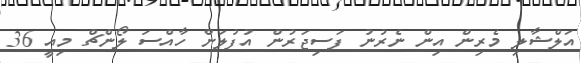
އަލްޝާލި މެރިން އިން ނެރުނު ފަސިޖަރުން އުފުލަން ހާއްސަ ލޯންޗް މިއީ 36